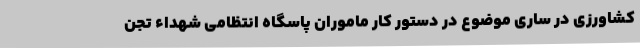
کشاورزی در ساری موضوع در دستور کار ماموران پاسگاه انتظامی شهداء تجن